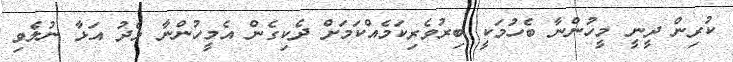
ކުރިން ދީނީ މީހުންނާ ބެހުމަކީ ބިރުވެރިކަމެއްކަމަށް ދެކިގެން އެމީހުންނާ މެދު އަޅާ ނުލެވި